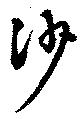
沙